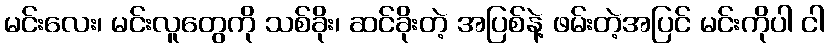
မင်းလေး၊ မင်းလူတွေကို သစ်ခိုး၊ ဆင်ခိုးတဲ့ အပြစ်နဲ့ ဖမ်းတဲ့အပြင် မင်းကိုပါ ငါ